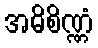
အဓိစိဏ္ဏံ